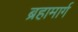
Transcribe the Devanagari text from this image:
ब्रहामार्ग